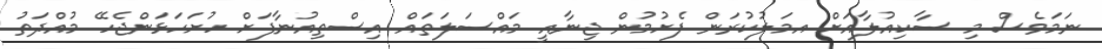
ނަމަވެސް މި ސާކިއުލާއަށް އމަލުކުރަން ފެށުމުން ޖިނާއީ މައްސަލަތައް އިސްތިއުނާފަށް ހުށަހަޅަންޖެހޭ މުއްދަތު